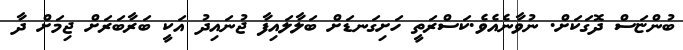
ބުންޏަސް ދޮގަކަށް. ނުވާނެއެވެ.ކަސްރަތީ ހަށިގަނޑަށް ބަލާލައިފާ ޖުނައިދު އަކީ ބަރާބަރަށް ޖިމަށް ދާ